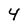
Character: 4